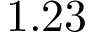
1 . 2 3